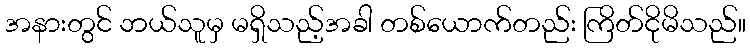
အနားတွင် ဘယ်သူမှ မရှိသည့်အခါ တစ်ယောက်တည်း ကြိတ်ငိုမိသည်။